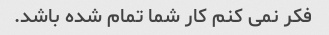
فکر نمی کنم کار شما تمام شده باشد.